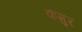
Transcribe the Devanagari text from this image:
केंमुर